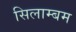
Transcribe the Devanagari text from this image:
सिलाम्बम